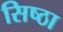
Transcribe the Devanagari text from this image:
सिष्ठा